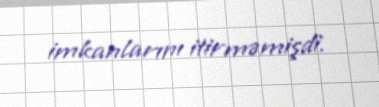
imkanlarını itirməmişdi.